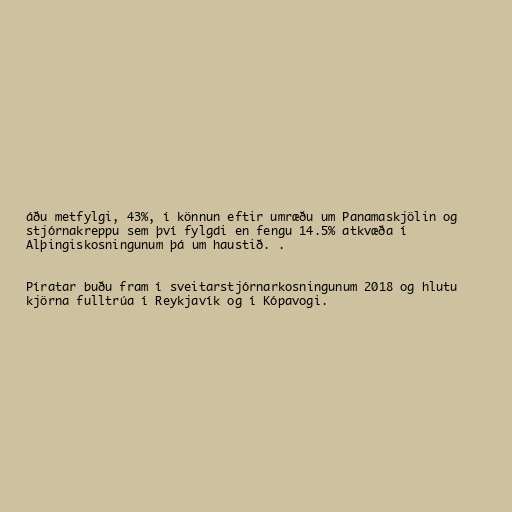
áðu metfylgi, 43%, í könnun eftir umræðu um Panamaskjölin og
stjórnakreppu sem því fylgdi en fengu 14.5% atkvæða í
Alþingiskosningunum þá um haustið. .

Píratar buðu fram í sveitarstjórnarkosningunum 2018 og hlutu
kjörna fulltrúa í Reykjavík og í Kópavogi.